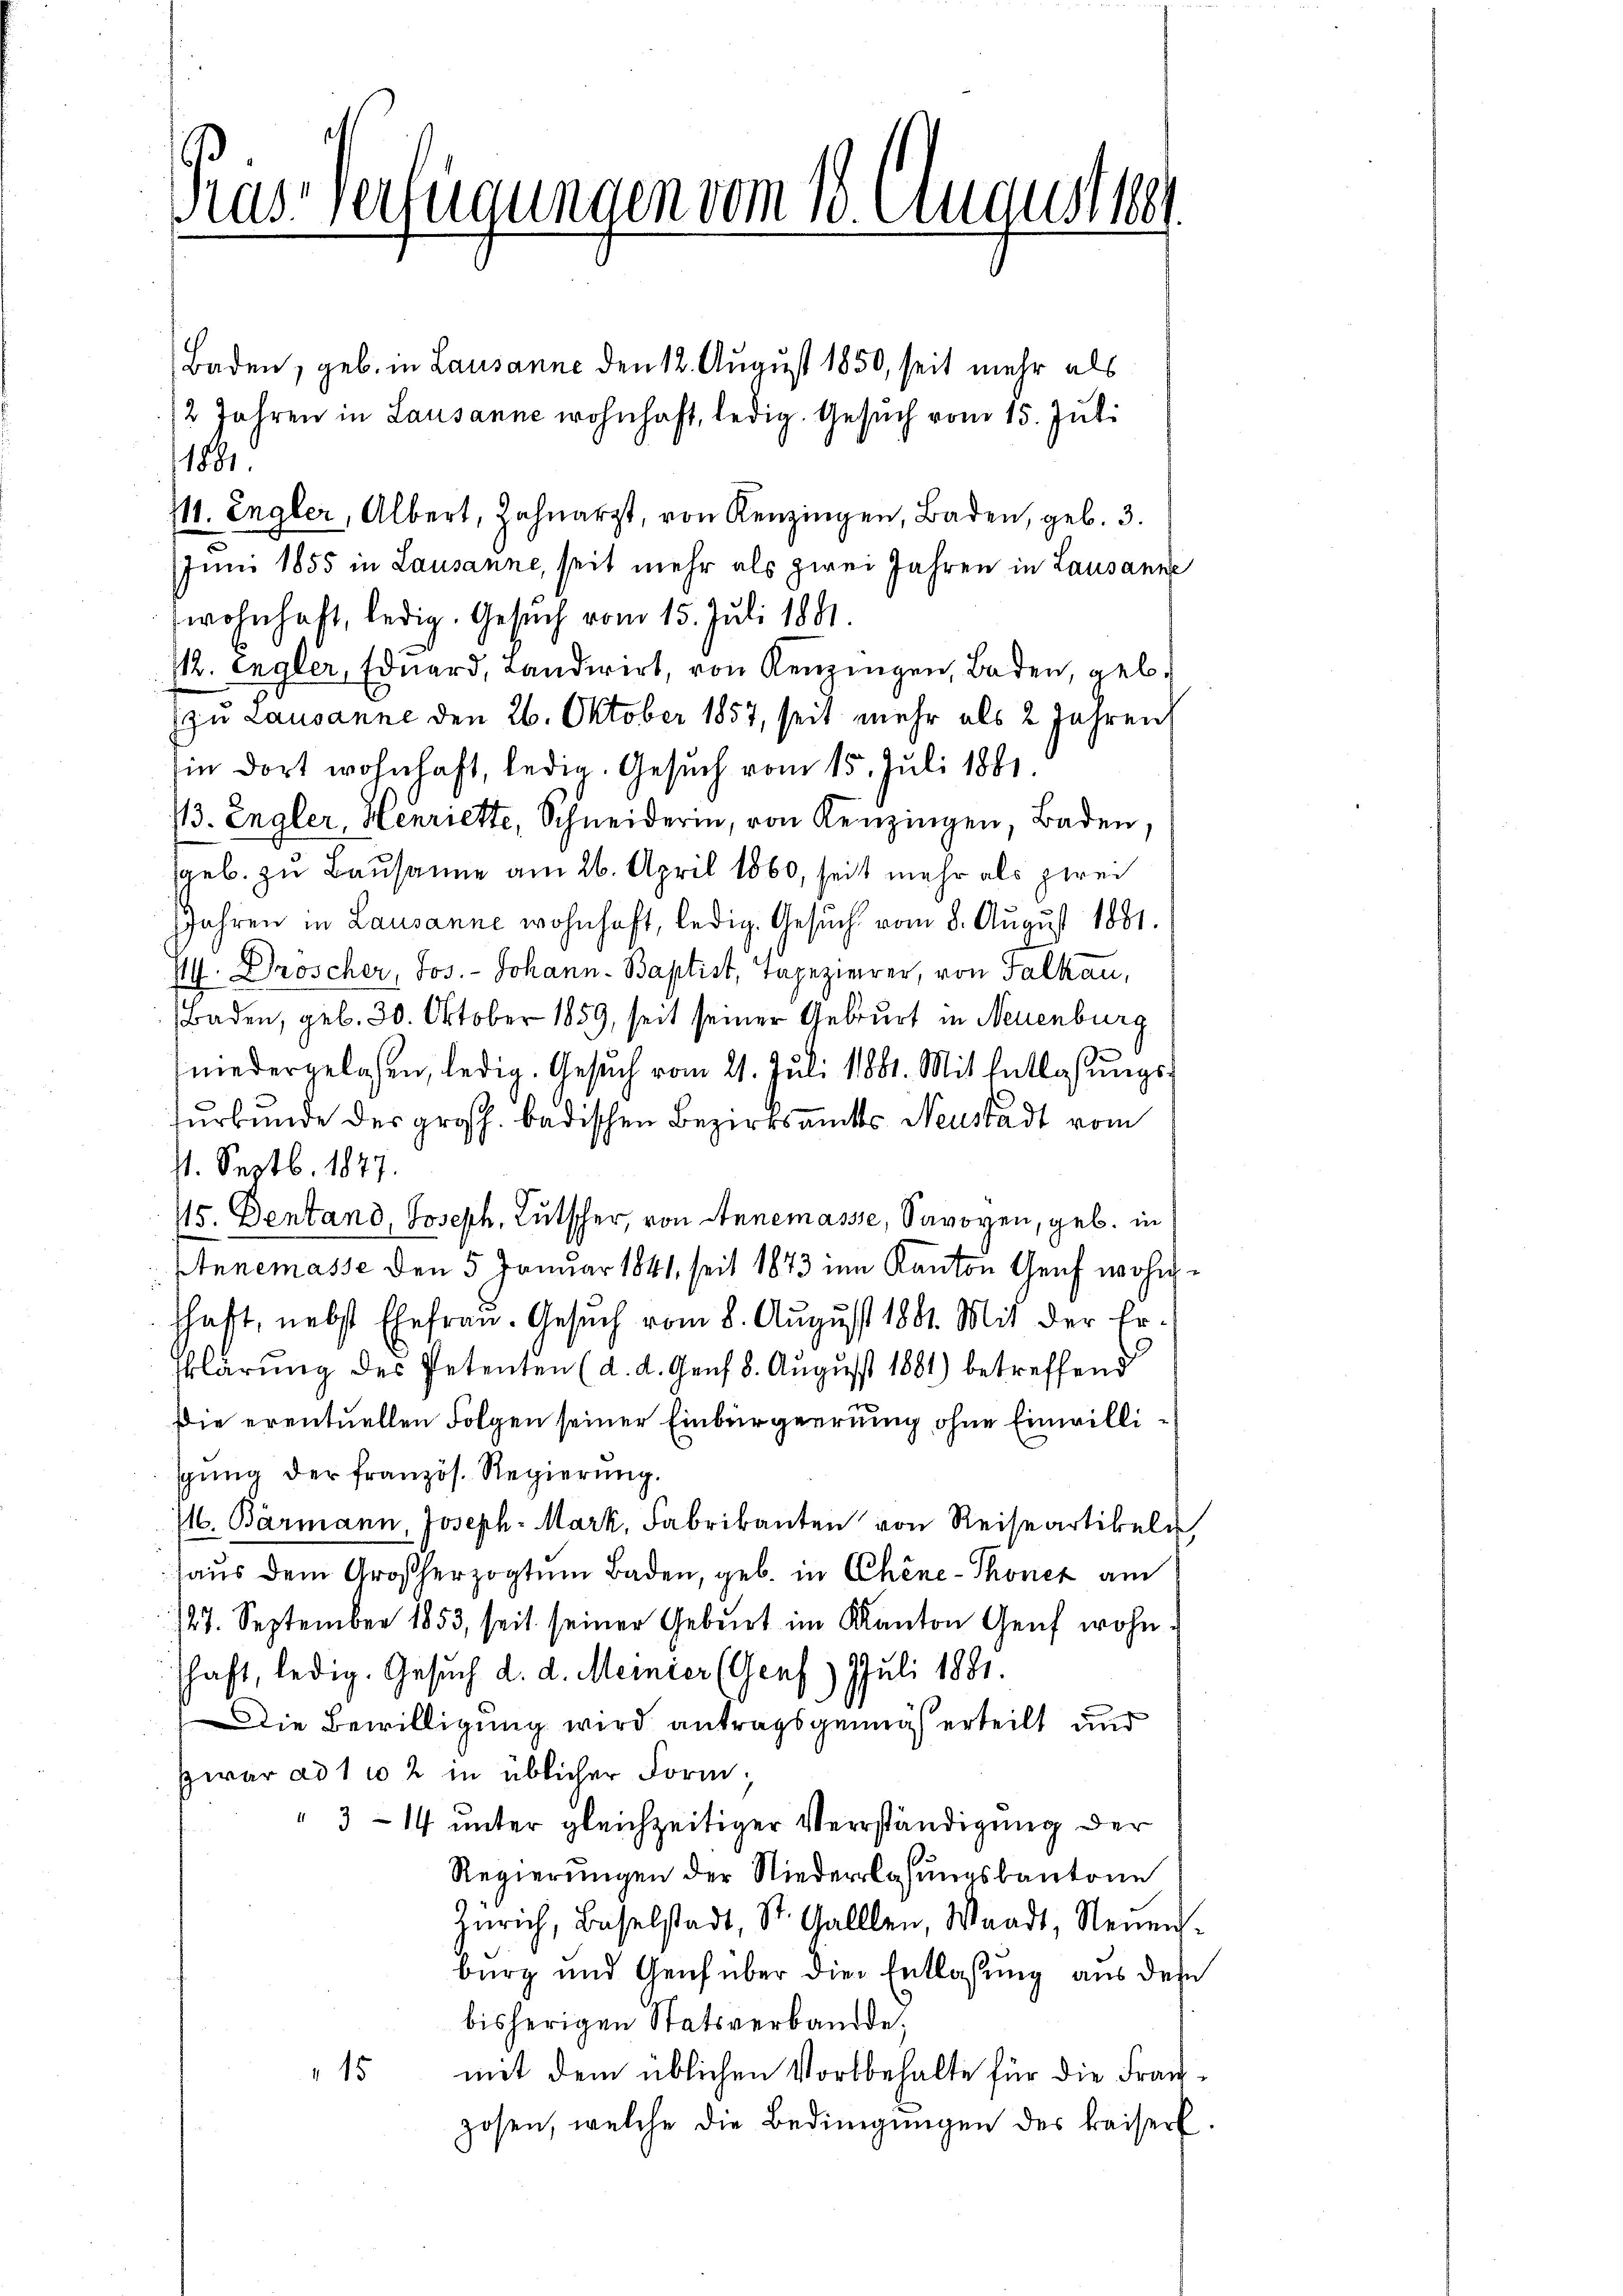
Präs. Verfügungen vom 18. Augustse

Baden, geb. in Lausanne den 12. August 1850, seit mehr als
2 Jahren in Lausanne wohnhaft, ledig. Gesuch vom 15. Juli
1881
¼. Engler, Albert, Zahnarzt, von Renzingen, Baden, geb. 3.
Juni 1855 in Lausanne, seit mehr als zwei Jahren in Lausanne
wohnhaft, ledig. Gesuch vom 15. Juli 1881.
/12. engler, Eduard, Landwirt, von Kenzingen, Baden, geb.
zu Lausanne den 26. Oktober 1857, seit mehr als 2 Jahren,
in dort wohnhaft, ledig. Gesuch vom 15. Juli 1881.
13. Engler, Henriette, Schneiderin, von Kenzingen, Baden,
saeb. zu Bausanne am 26. April 1860, seit mehr als zwei
Jahren in Lausanne wohnhaft, ledig. Gesuch vom 8. August 1881.
H. Droscher, Jos. Johann - Baptist, Tapezierer, von Falkau,
Baden, geb. 30. Oktober 1859, seit seiner Geburt in Neuenburg
niedergelasen, ledig. Gesŭch vom 21. Juli 1881. Mit Entlassŭngs-
surkunde des großh. badischen Bezirksamts Neustadt vom
11. Septb. 1877.
15. Dentand, Joseph, Rutscher, von Annemasse, Savoyen, geb. in
Annemasse den 5 Januar 1841, seit 1873 im Kanton Genf wohnschaft, nebst Ehefrau. Gesŭch vom 8. Aŭgŭst 1881. Mit der Er-
klärung des Petenten (d. d. Genf 8. August 1881) betreffend
Die eventuellen Folgen seiner Einbürgerrung ohne Einwillispŭng der französ. Regierŭng.
16. Bärmann, Joseph Mark, Fabrikanten von Reiseartikeln
haus dem Großherzogtum Baden, geb. in Chine-Thonez am
127. September 1853, seit seiner Geburt im Kanton Genf wohn
schaft, ledig. Gesuch d. d. Meiner (Genf) JJuli 1881.
Die Bewilligung wird antragsgemäß erteilt und
Zwar ad 1102 in üblicher Form.
"3–14 unter gleichzeitiger Verständigung der
Regierŭngen der Niederlassŭngskantone
Zürich, Baselstadt, St. Galllen, Waadt, Neuen.
burg und Genf über die Entlassung aus des
bisherigen Statsverbande;
mit dem üblichen Vorbehalte für die Fran
15
zosen, welche die Bedingungen des Kaiser